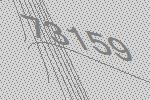
73159